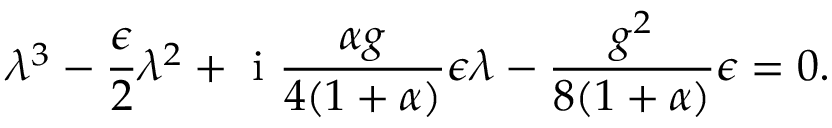
\lambda ^ { 3 } - \frac { \epsilon } { 2 } \lambda ^ { 2 } + \mathrm { ~ i ~ } \frac { \alpha g } { 4 ( 1 + \alpha ) } \epsilon \lambda - \frac { g ^ { 2 } } { 8 ( 1 + \alpha ) } \epsilon = 0 .